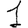
Digit: 1